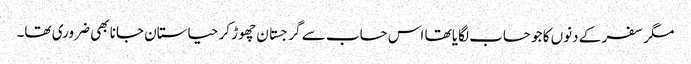
مگر سفر کے دنوں کا جو حساب لگایا تھا اس حساب سے گرجستان چھوڑ کر حیاستان جانا بھی ضروری تھا۔